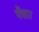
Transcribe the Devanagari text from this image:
पेंचार